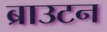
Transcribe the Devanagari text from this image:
ब्राउटन